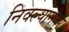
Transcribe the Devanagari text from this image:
निवल्यानंतर